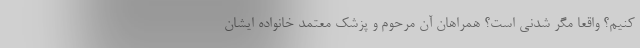
کنیم؟ واقعا مگر شدنی است؟ همراهان آن مرحوم و پزشک معتمد خانواده ایشان